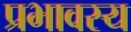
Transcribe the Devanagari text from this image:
प्रभावस्य